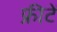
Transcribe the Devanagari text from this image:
फ्रीटें